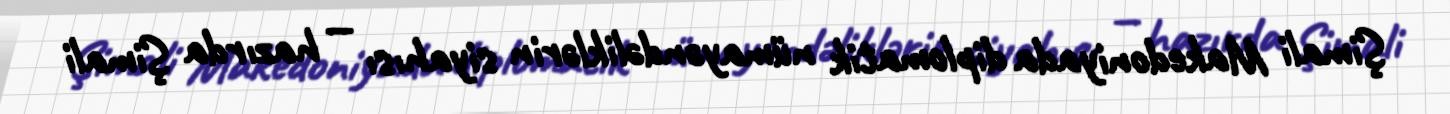
Şimali Makedoniyada diplomatik nümayəndəliklərin siyahısı — hazırda Şimali